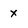
Character: x